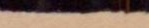
skan, tog den män från alla skiftningar af